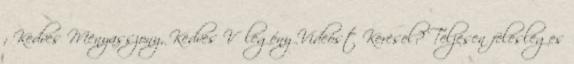
; Kedves Menyasszony, Kedves Vőlegény Videóst Keresel? Teljesen felesleges